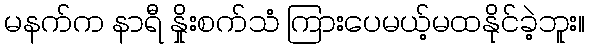
မနက်က နာရီ နှိုးစက်သံ ကြားပေမယ့်မထနိုင်ခဲ့ဘူး။